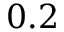
0 . 2